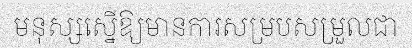
មនុស្សស្នើឱ្យមានការសម្របសម្រួលជា